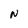
Character: n